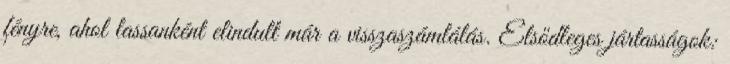
fényre, ahol lassanként elindult már a visszaszámlálás. Elsődleges jártasságok: